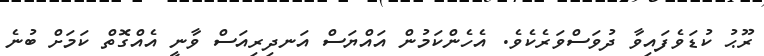
ރޫޙު ކުޑަވެފައިވާ ދުވަސްވަރެކެވެ. އެހެންކަމުން އައްޔަސް އަނދިރިއަސް ވާނީ އެއްގޮތް ކަމަށް ބުނެ